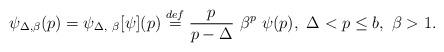
LaTeX: \begin{align*} \psi_{\Delta, \beta}(p) = \psi_{\Delta, \ \beta}[\psi](p) \stackrel{def}{=} \frac{p}{p - \Delta} \ \beta^p \ \psi(p), \ \Delta < p \le b, \ \beta > 1.\end{align*}